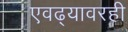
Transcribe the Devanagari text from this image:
एवढ्यावरही